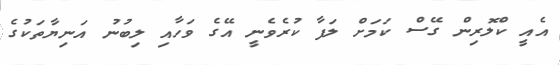
އެއީ ކްލޮރިން ގޭސް ކަމަށް ލަފާ ކުރެވެނީ އޭގެ ވަހާއި ލިބުނު އަނިޔާތަކުގެ